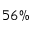
5 6 \%